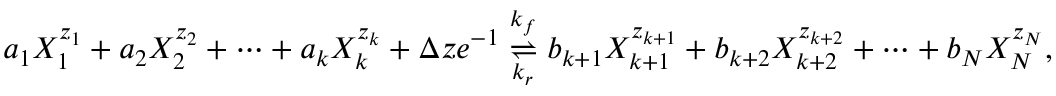
a _ { 1 } X _ { 1 } ^ { z _ { 1 } } + a _ { 2 } X _ { 2 } ^ { z _ { 2 } } + \cdots + a _ { k } X _ { k } ^ { z _ { k } } + \Delta z e ^ { - 1 } \overset { k _ { f } } { \underset { k _ { r } } { \rightleftharpoons } } b _ { k + 1 } X _ { k + 1 } ^ { z _ { k + 1 } } + b _ { k + 2 } X _ { k + 2 } ^ { z _ { k + 2 } } + \cdots + b _ { N } X _ { N } ^ { z _ { N } } ,